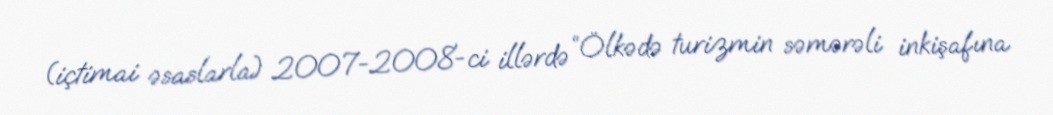
(içtimai əsaslarla) 2007-2008-ci illərdə “Ölkədə turizmin səmərəli inkişafına